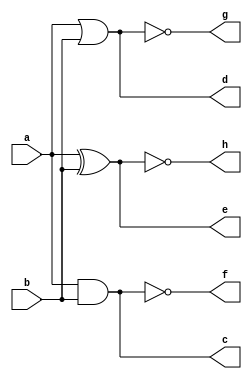
module gates (  input a, b,
                output c, d, e, f, g, h);

	and (c, a, b); 	// c is the output, a and b are inputs
	or  (d, a, b);	// d is the output, a and b are inputs
	xor (e, a, b); 	// e is the output, a and b are inputs
        nand (f, a, b); // c is the output, a and b are inputs
	nor  (g, a, b);	// d is the output, a and b are inputs
	xnor (h, a, b); // e is the output, a and b are inputs
endmodule

module tb;
	reg a, b;
	wire c, d, e, f, g, h;
	integer i;

	gates u0 ( .a(a), .b(b), .c(c), .d(d), .e(e), .f(f), .g(g), .h(h));

	initial begin
		{a, b} = 0;

              $monitor ("[T=%0t a=%0b b=%0b c(and)=%0b d(or)=%0b e(xor)=%0b f(nand)=%0b g(nor)=%0b h(xnor)=%0b", $time, a, b, c, d, e, f, g, h);

		for (i = 0; i < 10; i = i+1) begin
			#1 	a <= $random;
				b <= $random;
		end
	end
endmodule